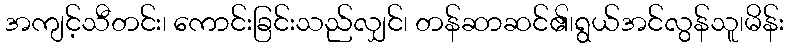
အကျင့်သီတင်း၊ ကောင်းခြင်းသည်လျှင်၊ တန်ဆာဆင်၏၊ရွယ်အင်လွန်သူ၊မိန်း